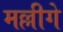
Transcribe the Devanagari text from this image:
मल्लीगे